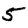
Digit: 5